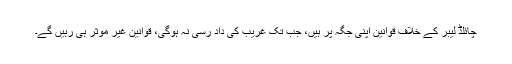
چائلڈ لیبر کے خلاف قوانین اپنی جگہ پر ہیں، جب تک غریب کی داد رسی نہ ہوگی، قوانین غیر موثر ہی رہیں گے۔